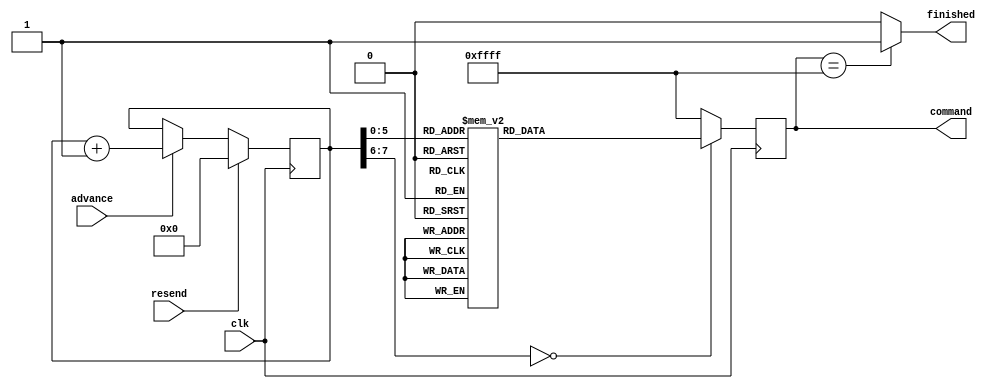
module ov7670_registers(clk, resend, advance, command, finished);
   input         clk;
   input         resend;
   input         advance;
   output [15:0] command;
   output        finished;
   
   
   reg [15:0]    sreg;
   reg [7:0]     address;
   
   assign command = sreg;
   assign finished = (sreg == 16'hFFFF) ? 1'b1 : 
                     1'b0;
   
   
   always @(posedge clk)
      
      begin
         
         if (resend == 1'b1)
            address <= {8{1'b0}};
         else if (advance == 1'b1)
            address <= (address + 1);
         
         case (address)
            8'h00 :
               sreg <= 16'h1280;
            8'h01 :
               sreg <= 16'h1280;
            8'h02 :
               sreg <= 16'h1204;
            8'h03 :
               sreg <= 16'h1100;
            8'h04 :
               sreg <= 16'h0C00;
            8'h05 :
               sreg <= 16'h3E00;
            
            8'h06 :
               sreg <= 16'h8C00;
            8'h07 :
               sreg <= 16'h0400;
            8'h08 :
               sreg <= 16'h4010;
            8'h09 :
               sreg <= 16'h3a04;
            8'h0A :
               sreg <= 16'h1438;
            8'h0B :
               sreg <= 16'h4f40;
            8'h0C :
               sreg <= 16'h5034;
            8'h0D :
               sreg <= 16'h510C;
            8'h0E :
               sreg <= 16'h5217;
            8'h0F :
               sreg <= 16'h5329;
            8'h10 :
               sreg <= 16'h5440;
            8'h11 :
               sreg <= 16'h581e;
            8'h12 :
               sreg <= 16'h3dc0;
            8'h13 :
               sreg <= 16'h1100;
            
            8'h14 :
               sreg <= 16'h1711;
            8'h15 :
               sreg <= 16'h1861;
            8'h16 :
               sreg <= 16'h32A4;
            
            8'h17 :
               sreg <= 16'h1903;
            8'h18 :
               sreg <= 16'h1A7b;
            8'h19 :
               sreg <= 16'h030a;
            
            8'h1A :
               sreg <= 16'h0e61;
            8'h1B :
               sreg <= 16'h0f4b;
            
            8'h1C :
               sreg <= 16'h1602;
            8'h1D :
               sreg <= 16'h1e37;
            
            8'h1E :
               sreg <= 16'h2102;
            8'h1F :
               sreg <= 16'h2291;
            
            8'h20 :
               sreg <= 16'h2907;
            8'h21 :
               sreg <= 16'h330b;
            
            8'h22 :
               sreg <= 16'h350b;
            8'h23 :
               sreg <= 16'h371d;
            
            8'h24 :
               sreg <= 16'h3871;
            8'h25 :
               sreg <= 16'h392a;
            
            8'h26 :
               sreg <= 16'h3c78;
            8'h27 :
               sreg <= 16'h4d40;
            
            8'h28 :
               sreg <= 16'h4e20;
            8'h29 :
               sreg <= 16'h6900;
            
            8'h2A :
               sreg <= 16'h6b4a;
            8'h2B :
               sreg <= 16'h7410;
            
            8'h2C :
               sreg <= 16'h8d4f;
            8'h2D :
               sreg <= 16'h8e00;
            
            8'h2E :
               sreg <= 16'h8f00;
            8'h2F :
               sreg <= 16'h9000;
            
            8'h30 :
               sreg <= 16'h9100;
            8'h31 :
               sreg <= 16'h9600;
            
            8'h32 :
               sreg <= 16'h9a00;
            8'h33 :
               sreg <= 16'hb084;
            
            8'h34 :
               sreg <= 16'hb10c;
            8'h35 :
               sreg <= 16'hb20e;
            
            8'h36 :
               sreg <= 16'hb382;
            8'h37 :
               sreg <= 16'hb80a;
            
            default :
               sreg <= 16'hffff;
         endcase
      end
   
endmodule